Vaccine operations Central Provinces 1900-1911 - 1900-1911
Year: 1900
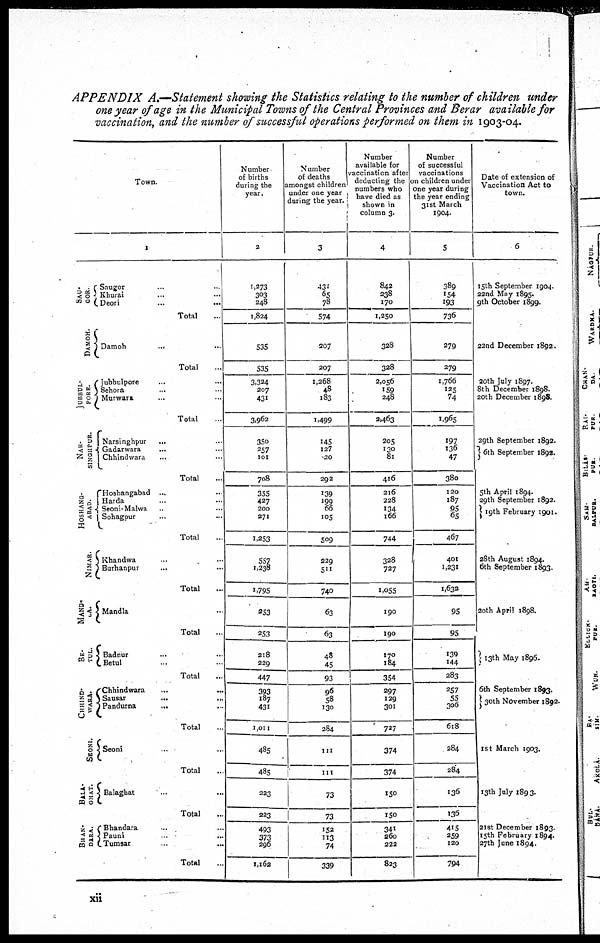
APPENDIX A.—Statement showing the Statistics relating to the number of children under
one year of age in the Municipal Towns of the Central Provinces and Berar available for
vaccination, and the number of successful operations performed on them in 1903-04.
Town.
1
SAU¬
GOR.
DAMOH.
JUBBUL
PORE.
NAR-
SINGHPUR.
HOSHANG¬
ABAD.
NIMAR.
MAND-
LA.
BE¬
TUL.
CHHIND¬
WARA.
SEONI.
BALA¬
GHAT.
BHAN¬
DARA.
Saugor ... ...
Khurai ... ...
Deori
Total ...
Damoh
... ...
Total ...
Jubbulpore ... ...
Sehora ... ...
Murwara
Total ...
Narsinghpur
... ...
Gadarwara
... ...
Chhindwara ... ...
Total ...
Hoshangabad
...
Harda ...
Seoni-Malwa ... ...
Sohagpur ... ...
Total ...
Khandwa ... ...
Burhanpur ... ...
Total
Mandla ...
Total ...
Badnur ... ...
Betul ... ...
Total
Chhindwara ... ...
Sausar
...
...
Pandurna
... ...
Total ...
Seoni ... ...
Total ...
Balaghat ..
Total
Bhandara ... ...
Pauni ... ...
Tumsar ... ...
Total
Number
of births
during the
year.
2
1,273
303
248
1,824
535
535
3,334
207
431
3,962
350
257
101
708
355
427
200
271
1,253
557
1,238
1,795
253
253
218
229
447
393
187
431
1,011
485
485
223
223
493
373
296
1,162
Number
of deaths
amongst children
under one year
during the year.
3
431
65
78
574
207
207
1,268
48
183
1,499
145
127
50
292
139
199
66
105
509
229
511
740
63
63
48
45
93
96
58
130
284
111
111
73
73
152
113
74
339
Number
available for
vaccination after
deducting the
numbers who
have died as
shown in
column 3.
4
842
238
170
1,250
328
328
2,056
159
248
2,463
205
130
81
416
216
228
134
166
744
328
727
1,055
190
190
170
184
354
297
129
301
727
374
374
150
150
341
260
222
823
Number
of successful
vaccinations
on children under
one year during
the year ending
31st March
1904.
5
389
154
193
736
279
279
1,766
125
74
1,965
197
136
47
380
120
187
95 65
467
401
1,231
1,632
95
95
139
144
283
257
55
306
618
284
284
136
136
415
259
120
794
Date of extension of
Vaccination Act to
town.
6
15th September 1904.
22nd May 1895.
9th October 1899.
22nd December 1892.
20th July 1897.
8th December 1898.
20th December 1898.
29th September 1892.
6th September 1892.
5th April 1894.
29th September 1892.
19th February 1901
28th August 1894.
6th September 1893.
20th April 1898.
13th May 1896.
6th September 1893.
30th November 1892.
1st March 1903.
13th July 1893.
21 st December 1893.
15th February 1894.
27th June 1894.
xii